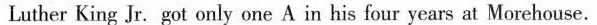
Luther King Jr. Got only one A in his four years at Morehouse.